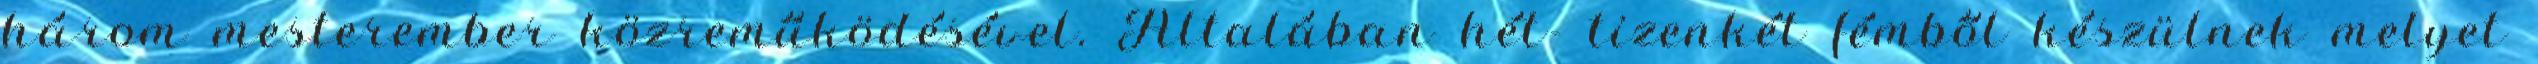
három mesterember közreműködésével. Általában hét- tizenkét fémből készülnek melyet